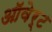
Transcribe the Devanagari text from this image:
ऑवेर्ट